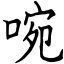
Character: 啘